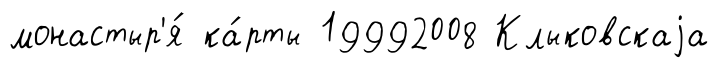
монастыр'я́ ка́рты 19992008 Клыковскаjа